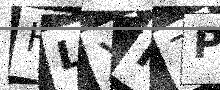
Text: HLXK7P